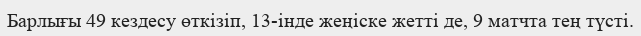
Барлығы 49 кездесу өткізіп, 13-інде жеңіске жетті де, 9 матчта тең түсті.